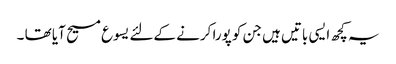
یہ کچھ ایسی باتیں ہیں جن کو پورا کرنے کےلئے یسوع مسیح آیا تھا ۔